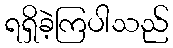
ရရှိခဲ့ကြပါသည်